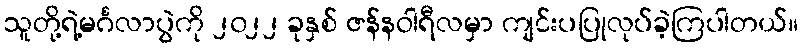
သူတို့ရဲ့မင်္ဂလာပွဲကို ၂၀၂၂ ခုနှစ် ဇန်နဝါရီလမှာ ကျင်းပပြုလုပ်ခဲ့ကြပါတယ်။